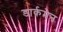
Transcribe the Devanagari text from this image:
डार्कमेन